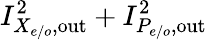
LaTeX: I_{X_{e/o},\mathrm{out}}^{2}+I_{P_{e/o},\mathrm{out}}^{2}